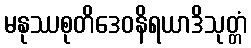
မနုဿစုတိဒေဝနိရယာဒိသုတ္တံ